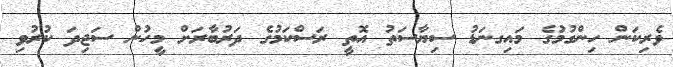
ވެރިކަން ހިންގުމުގެ މައިގނަޑު ސިޔާސަތު އޮތީ ރަސްކަމުގެ ދަރުބާރަށް މީހުން ސަޖިދަ ކުރުވި